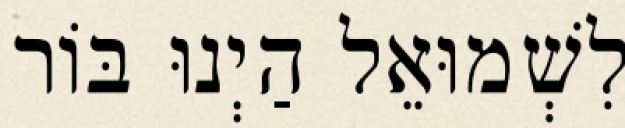
לִשְׁמוּאֵל הַיְנוּ בּוֹר